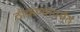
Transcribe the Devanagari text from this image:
ठोकण्यापर्यंत